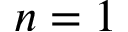
n = 1